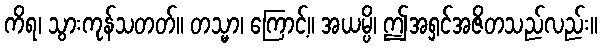
ကိရ၊ သွားကုန်သတတ်။ တသ္မာ၊ ကြောင့်။ အယမ္ပိ၊ ဤအရှင်အဇိတသည်လည်း။